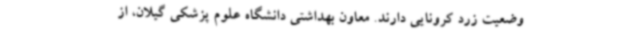
وضعیت زرد کرونایی دارند. معاون بهداشتی دانشگاه علوم پزشکی گیلان، از